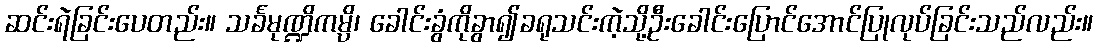
ဆင်းရဲခြင်းပေတည်း။ သင်္ခမုဏ္ဍိကမ္ပိ၊ ခေါင်းခွံကိုခွာ၍ခရုသင်းကဲ့သို့ဦးခေါင်းပြောင်အောင်ပြုလုပ်ခြင်းသည်လည်း။